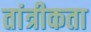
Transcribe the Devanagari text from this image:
तांत्रीकता